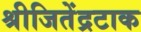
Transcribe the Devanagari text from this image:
श्रीजितेंद्रटाक